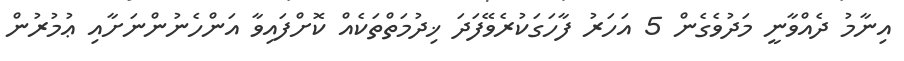
އިނާމު ދެއްވާނީ މަދުވެގެން 5 އަހަރު ފާހަގަކުރެވޭފަދަ ޚިދުމަތްތަކެއް ކޮށްފައިވާ އަންހެނުންނަށާއި ޢުމުރުން